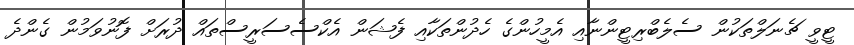
ޓީވީ ޗެނަލްތަކުން ސެލެބްރިޓީންނާއި އެމީހުންގެ ހެދުންތަކާއި ފެޝަން އެކްސެސަރީސްތައް ދުރަށް ފޮނުވަމުން ގެންދެ